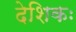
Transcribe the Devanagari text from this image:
देशिकः